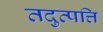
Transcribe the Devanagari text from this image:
तदुत्पत्ति